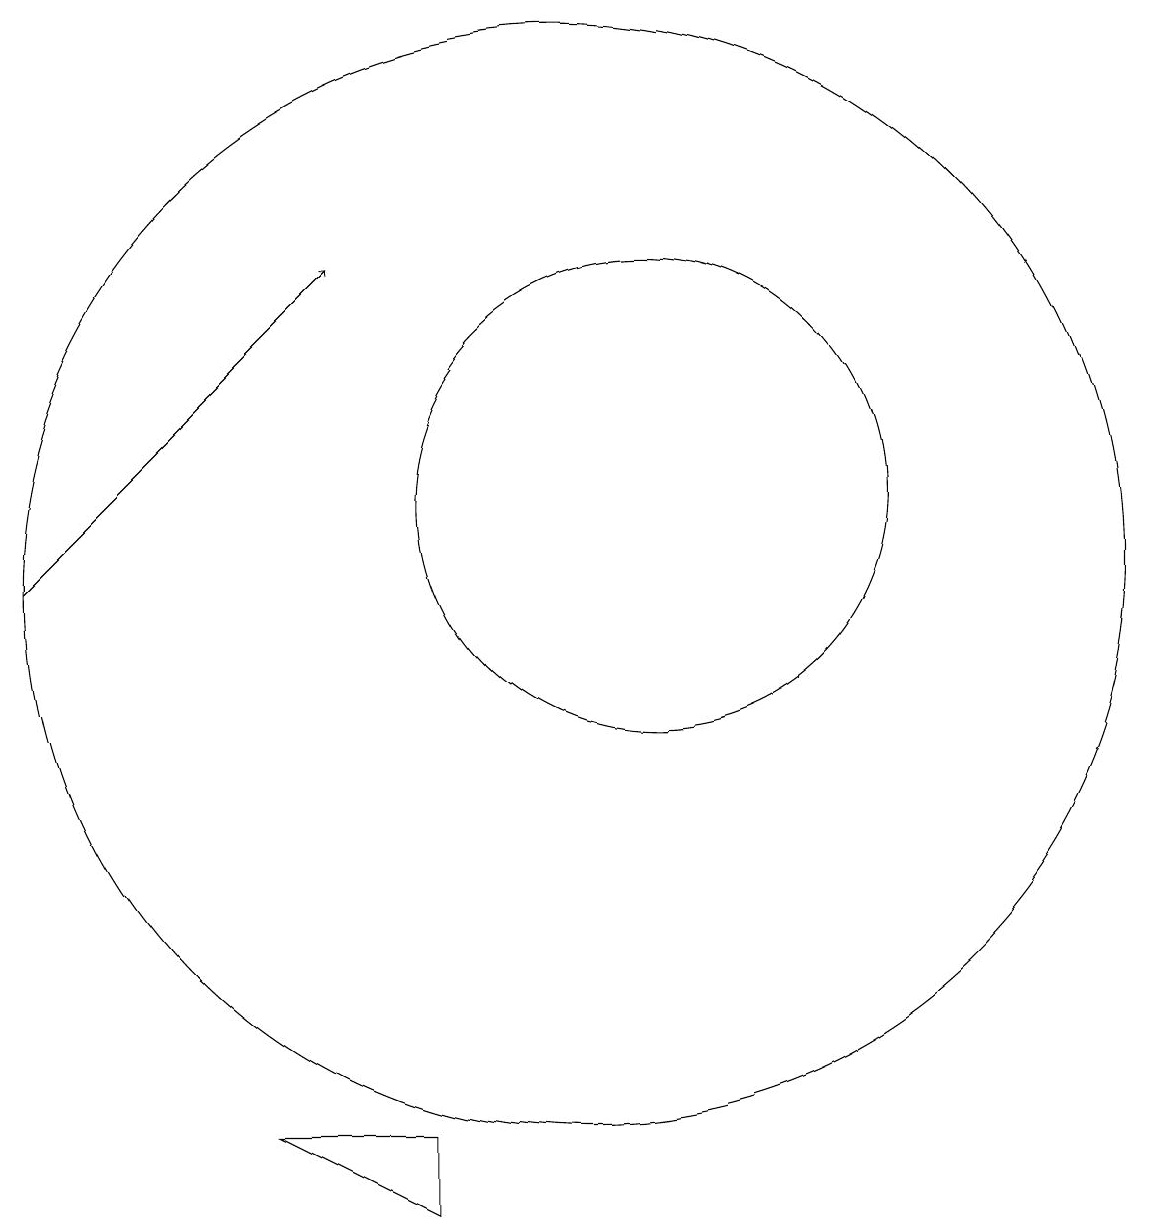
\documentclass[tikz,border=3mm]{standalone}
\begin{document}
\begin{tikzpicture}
\draw (11,11) circle (3);
\draw (8,2) -- (8,3) -- (6,3) -- cycle;
\draw[->] (3,10) -- (7,14);
\draw (10,10) circle (7);
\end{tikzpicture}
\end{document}